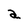
Character: a